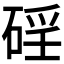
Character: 𥓕